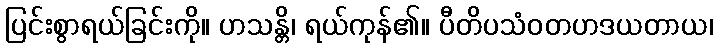
ပြင်းစွာရယ်ခြင်းကို။ ဟသန္တိ၊ ရယ်ကုန်၏။ ပီတိပသံဝတဟဒယတာယ၊